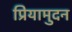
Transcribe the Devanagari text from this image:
प्रियामुदन